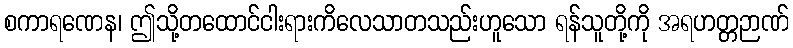
စကာရဏေန၊ ဤသို့တထောင်ငါးရားကိလေသာတသည်းဟူသော ရန်သူတို့ကို အရဟတ္တဉာဏ်